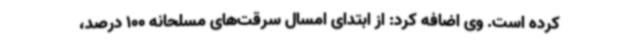
کرده است. وی اضافه کرد: از ابتدای امسال سرقت‌های مسلحانه 100 درصد،